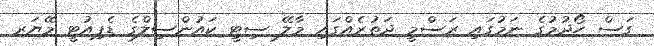
ގަސް ހޯދުމުގެ ނަމުގައި ރަސްމީ ދަތުރެއްގައި މާލޭ ސިޓީ ކައުންސިލްގެ ޑެޕިއުޓީ މޭޔަރ